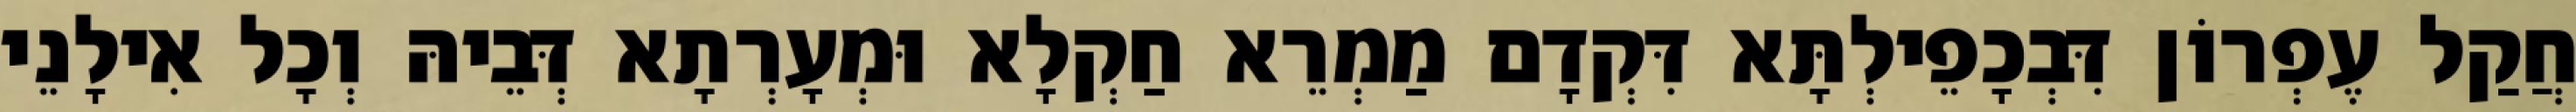
חֲקַל עֶפְרוֹן דִּבְכָפֵילְתָּא דִּקְדָם מַמְרֵא חַקְלָא וּמְעָרְתָא דְּבֵיהּ וְכָל אִילָנֵי